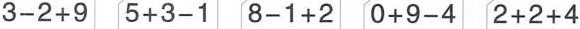
$$3-2+9$$ $$5+3-1$$ $$8-1+2$$ $$0+9-4$$ $$2+2+4$$